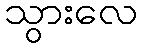
သွားလေ